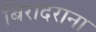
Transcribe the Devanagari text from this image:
बिरादराना